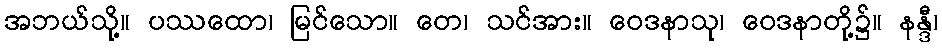
အဘယ်သို့။ ပဿထော၊ မြင်သော။ တေ၊ သင်အား။ ဝေဒနာသု၊ ဝေဒနာတို့၌။ နန္ဒီ၊